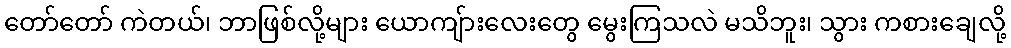
တော်တော် ကဲတယ်၊ ဘာဖြစ်လို့များ ယောကျ်ားလေးတွေ မွေးကြသလဲ မသိဘူး၊ သွား ကစားချေလို့